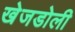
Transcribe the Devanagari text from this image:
खेजडोली